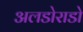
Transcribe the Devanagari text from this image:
अलडोराडो